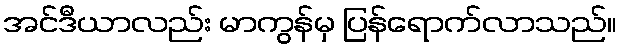
အင်ဒီယာလည်း မာကွန်မှ ပြန်ရောက်လာသည်။